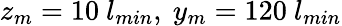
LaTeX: z_{m}=10~l_{min},~y_{m}=120~l_{min}